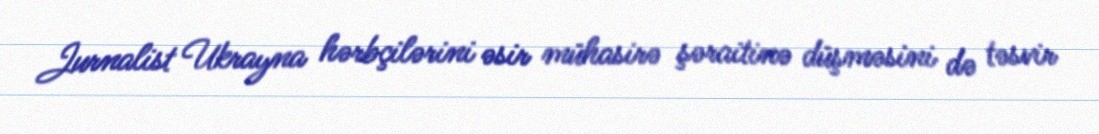
Jurnalist Ukrayna hərbçilərini əsir mühasirə şəraitinə düşməsini də təsvir